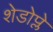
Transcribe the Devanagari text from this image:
शेडोप्ले